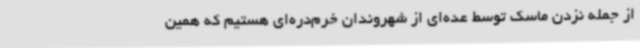
از جمله نزدن ماسک توسط عده‌ای از شهروندان خرم‌دره‌ای هستیم که همین